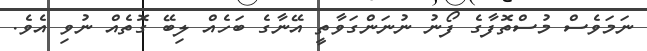
ނަމަވެސް މުސްތޮފާގެ ފޯނު ނުނަންގަވާތީ އޭނާގެ ބަހެއް ލިބޭ ގޮތެއް ނުވި އެވެ.